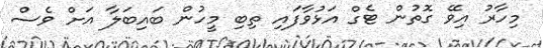
މިހާރު އިވޭ ގޮތުން ޓެގް އަޅުވާފައި ތިބި މީހުން ބައިބަލާ އަށް ވެސް